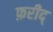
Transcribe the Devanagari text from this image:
फ़रीद्